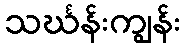
သင်္ဃန်းကျွန်း